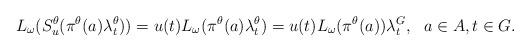
LaTeX: \begin{align*}L_{\omega}(S_u^\theta(\pi^\theta(a)\lambda_t^\theta)) = u(t)L_{\omega}(\pi^\theta(a)\lambda_t^\theta)= u(t)L_{\omega}(\pi^\theta(a))\lambda_t^G, \ \ a\in A, t\in G.\end{align*}